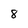
Character: 8